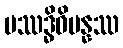
ပဿဒ္ဓိဝိပန္နဿ